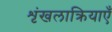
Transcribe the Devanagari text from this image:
शृंखलाक्रियाएँ